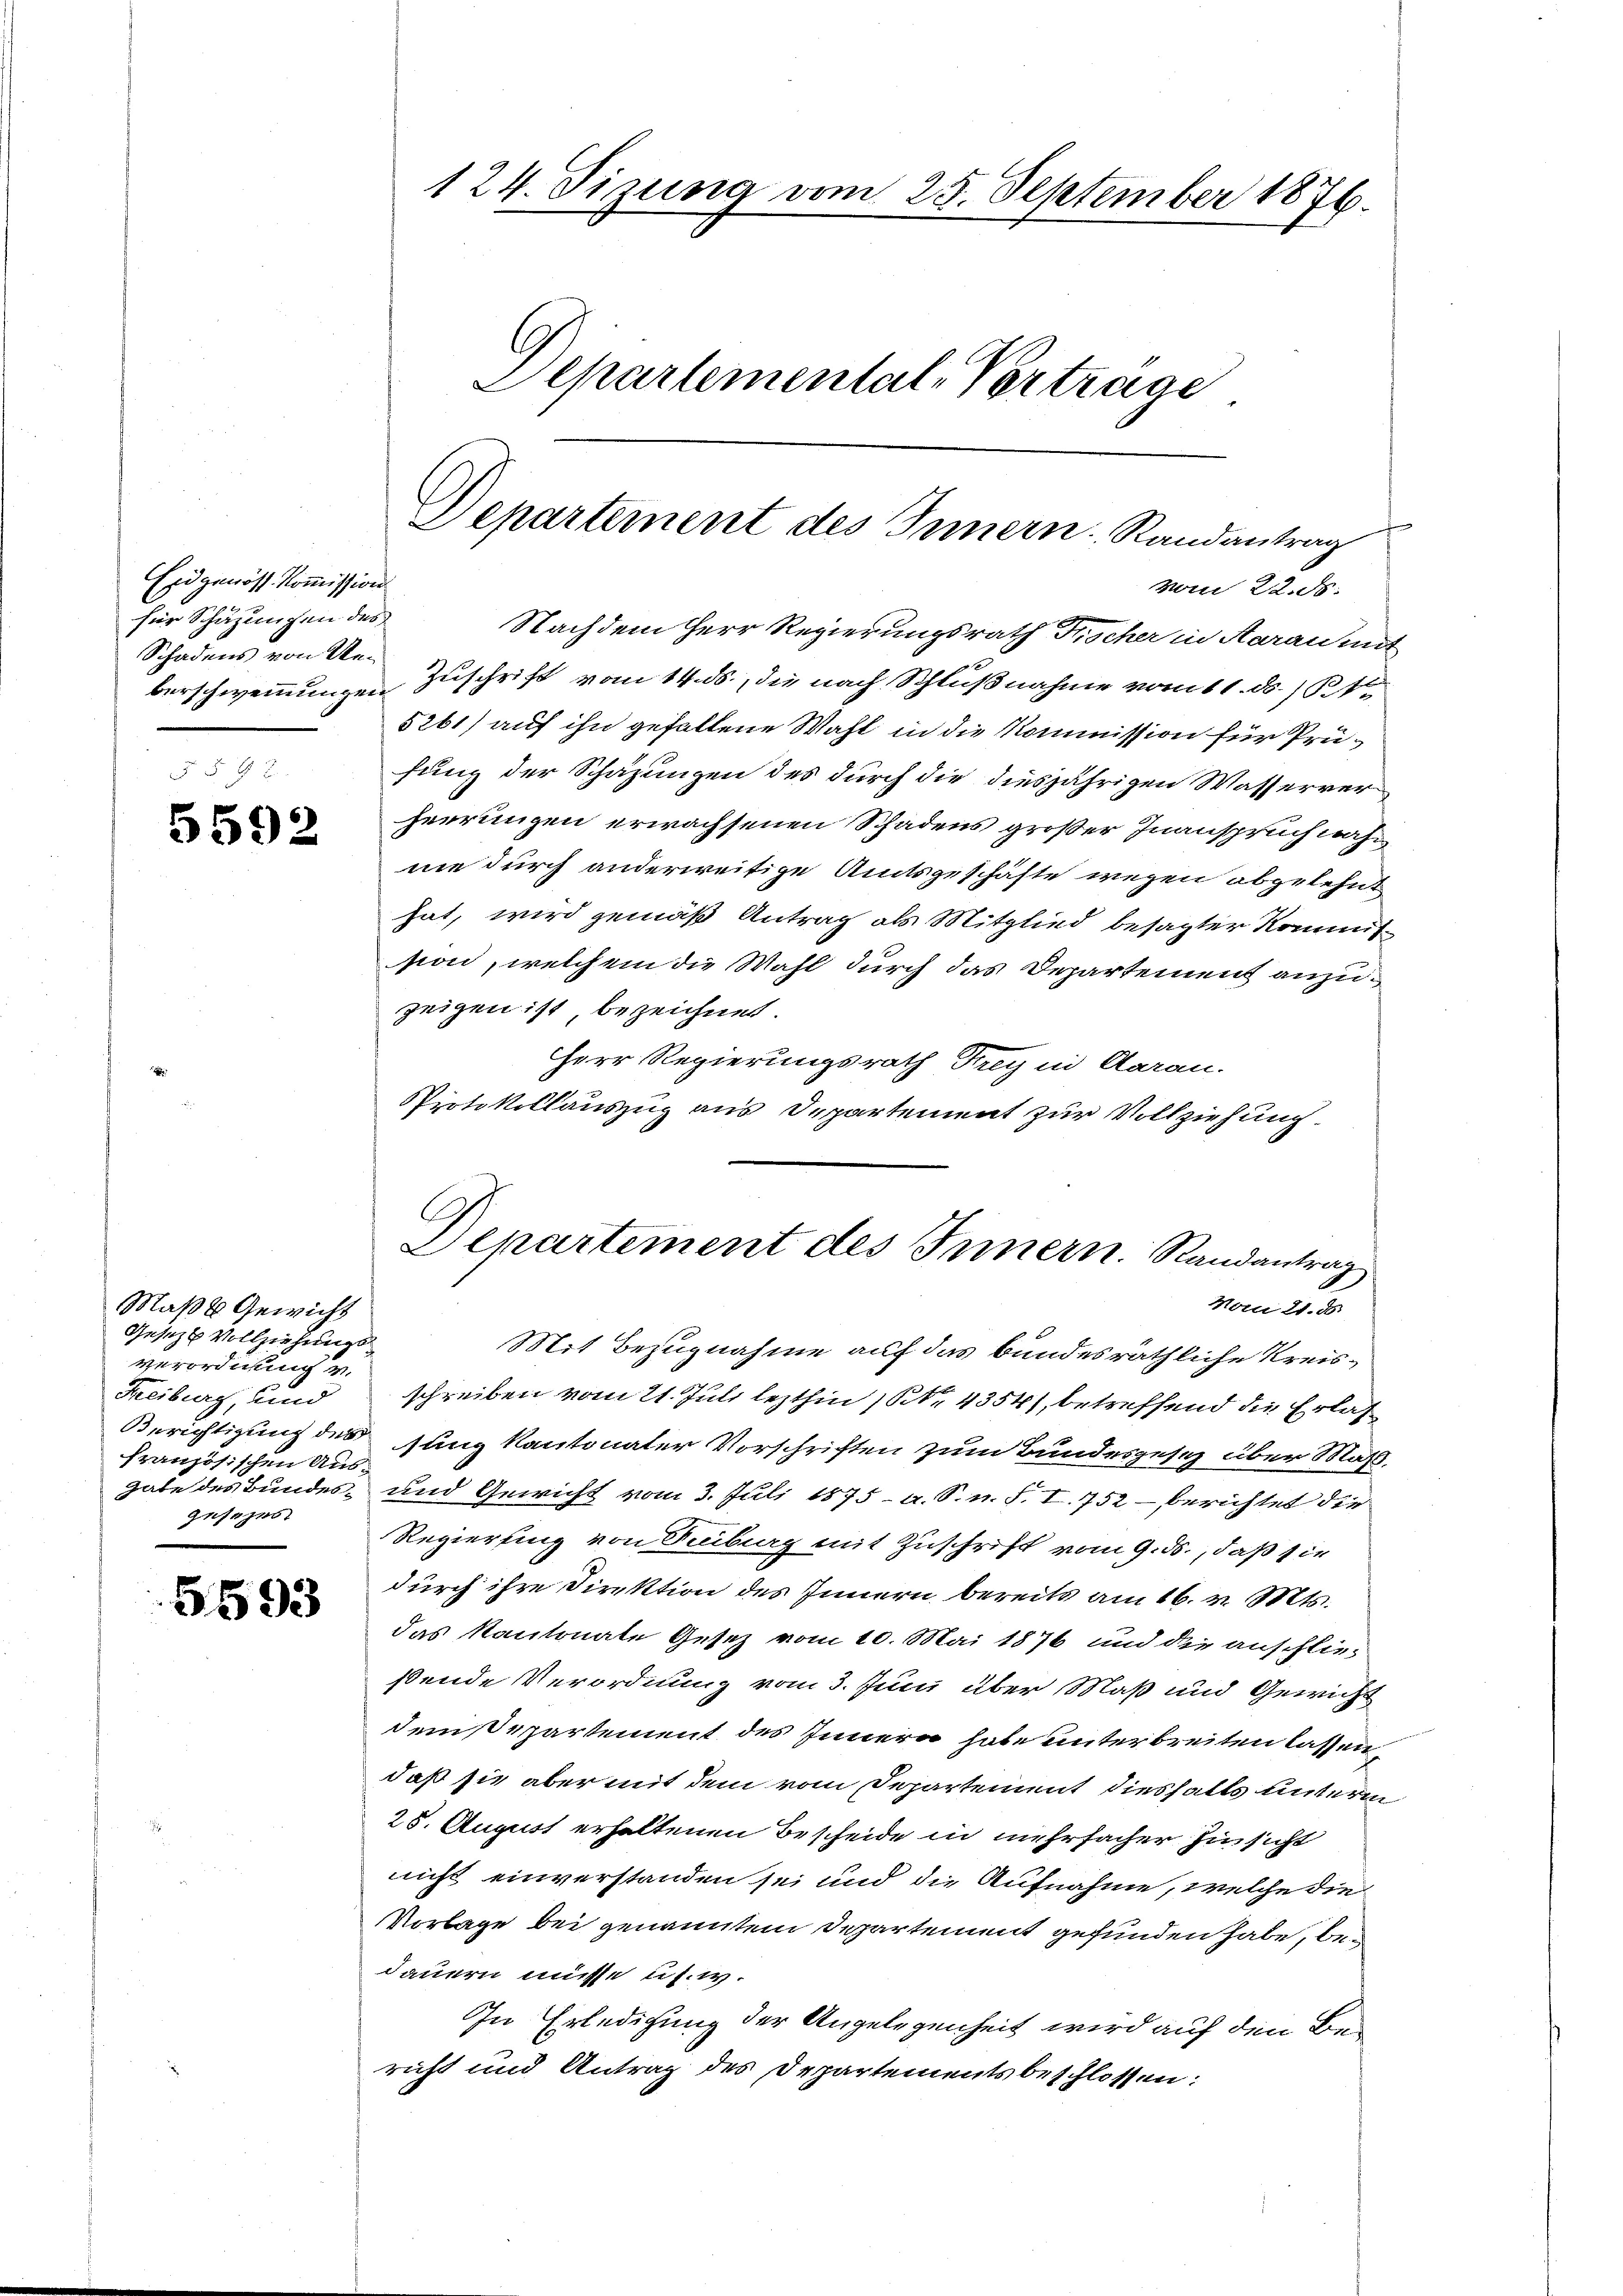
Eidgenöss. Kommission
für Schazungen des
Schadens von Ue¬
 2 x

5592

Maße Gewicht
Gesetzte Vollziehungs
verordnung v.
Freiburg, und
französischen Aus-
gesezes

5593

124. Sizung vom 28. September 1876.
Departemental-Vertrage

Departement des Innern Randantrag
vom 22. ds.

Nachdem Herr Regierungsrath Frischer in Aarau mit
berschwemmungen Zuschrift vom 14. ds., die nach Schlußnahme vom 11. ds. / Rt
5261) auf ihn gefallene Wahl in die Kommission für Prüfung der Schazungen des durch die diesjährigen Wasserver
herrungen erwachsenen Schadens großer Inanspruch nahm
nie durch anderweitige Amtsgeschäfte wegen abgelehnt
hat, wird gemäß Antrag als Mitglied besagter Kommission, welchem die Wahl durch das Departement anzuzeigen ist, bezeichnet.
Herr Regierungsrath Frey in Aarau.
Protokollauszug aus Departement zur Vollziehung

C
Departement des Innern. Randantrag
Vom 21. d.

Mit Bezugnahme auf das bundesräthliche Kreisschreiben vom 21. Juli lezthin (S. 4354), betreffend die Erlas¬
Berichtigung des jung kantonaler Vorschriften zum Bundesgesez über Maßgabe des Bundes- und Gewicht vom 3. Juli 1875. a. S. n. F. I. 752 berichtet die
Regierung von Seberg mit Zuschrift vom 9. ds., daß sie
durch ihre Direktion des Innern bereits am 16. v. Mts.
das Kantonale Gesetz vom 10. Mai 1876 und die anschlies
ßende Verordnung vom 3. Juni über Maß und Gewicht
dem Departement des Innern habe unterbreiten lassen
daß sie aber mit dem vom Departement diesfalls unterm
28. August erhaltenen Bescheide in mehrfacher Hinsicht
nicht einverstanden sei und die Aufnahme, welche die
Vorlage bei genanntem Departement gefunden habe, bei
dauern müsse u.s.w.
In Erledigung der Angelegenheit wird auf den Bericht und Antrag des Departements beschlossen: